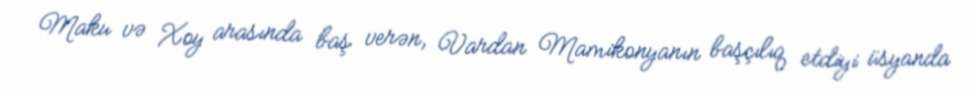
Maku və Xoy arasında baş verən, Vardan Mamikonyanın başçılıq etdiyi üsyanda